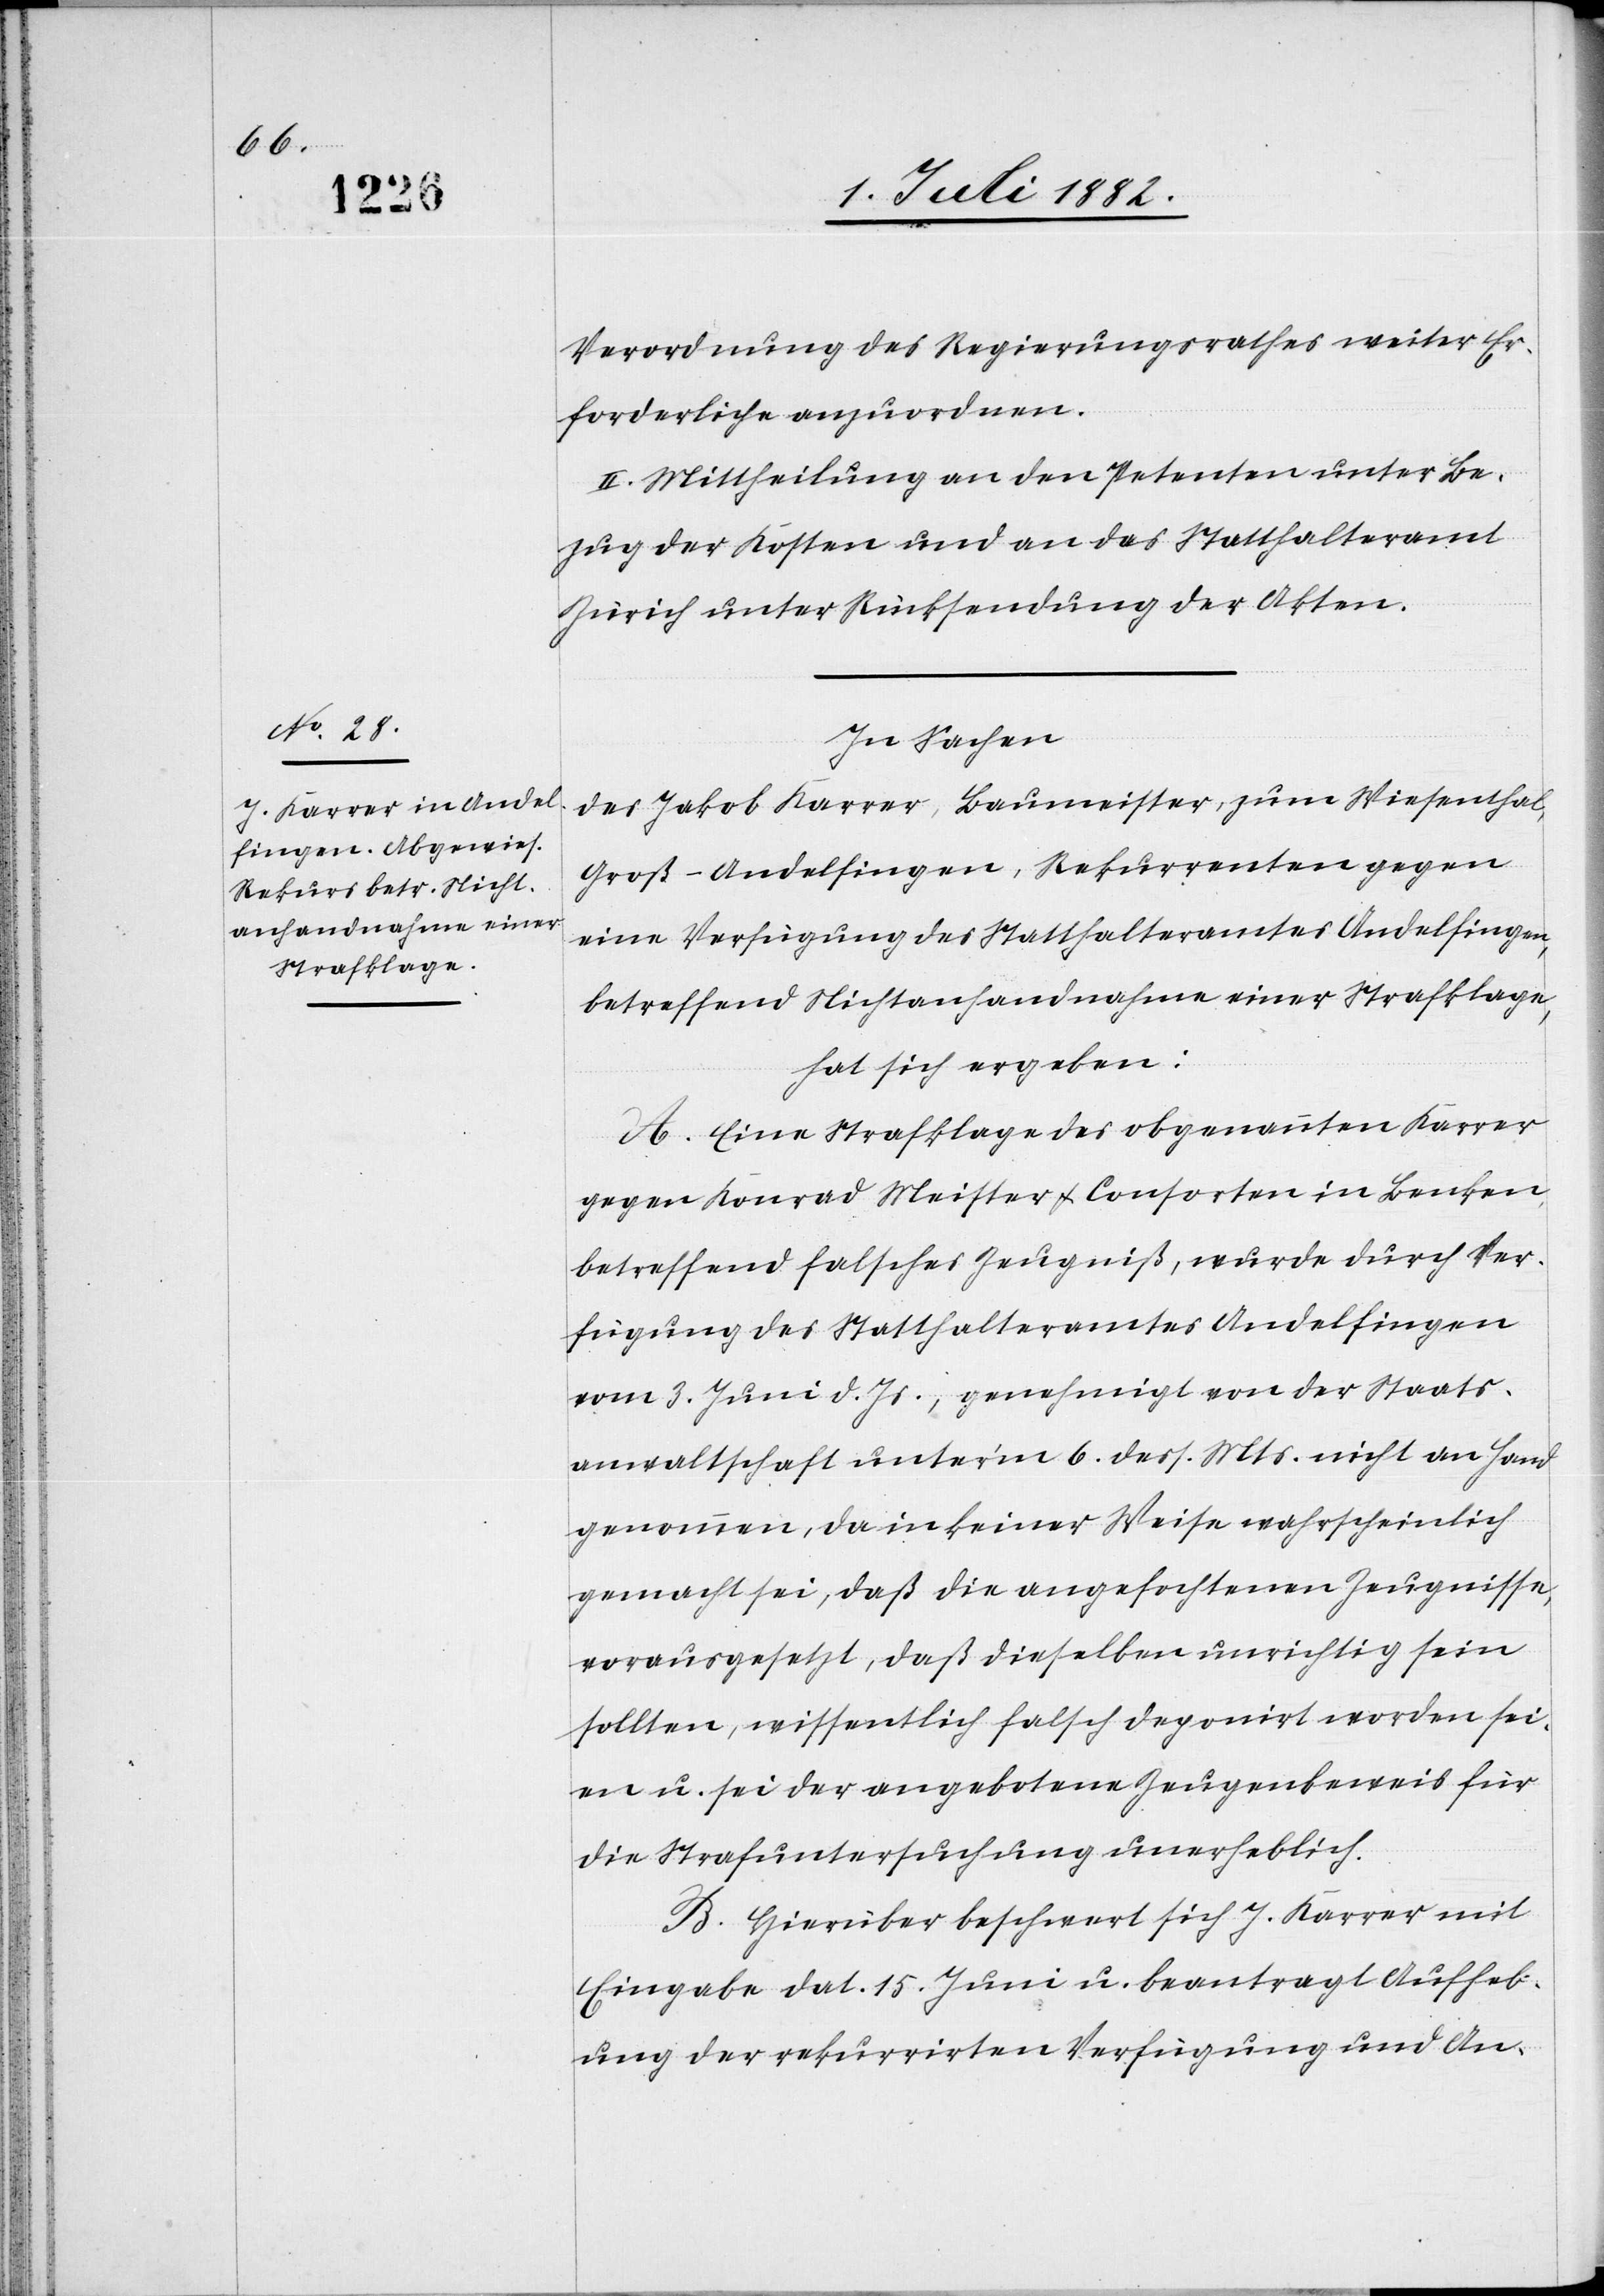
Verordnung des Regierungsrathes weiter Er¬
forderliche anzuordnen.
II. Mittheilung an den Petenten unter Be¬
zug der Kosten und an das Statthalteramt
Zürich unter Rücksendung der Akten.
In Sachen
des Jakob Karrer, Baumeister, zum Wiesenthal,
Groß-Andelfingen, Rekurrenten gegen
eine Verfügung des Statthalteramtes Andelfingen,
betreffend Nichtanhandnahme einer Strafklage,
hat sich ergeben:
A. Eine Strafklage des obgenannten Karrer
gegen Konrad & Meister & Consorten in Benken
betreffend falsches Zeugniß, wurde durch Ver¬
fügung des Statthalteramts Andelfingen
vom 3. Juni d. Js., genehmigt von der Staats¬
anwaltschaft unter’m 6. dess. Mts. nicht an Hand
genommen, da in keiner Weise wahrscheinlich
gemacht sei, daß die angefochtenen Zeugnisse,
vorausgesetzt, daß dieselben unrichtig sein
sollten, wissentlich falsch deponirt worden sei¬
en u. sei der angebotene Zeugenbeweis für
die Strafuntersuchung unerheblich.
B. Hierüber beschwert sich J. Karrer mit
Eingabe dat. 15. Juni u. beantragt Aufheb¬
ung der rekurrirten Verfügung und An-